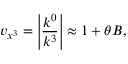
v _ { x ^ { 3 } } = \left| \frac { k ^ { 0 } } { k ^ { 3 } } \right| \approx 1 + \theta B ,